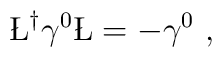
\L^{\dagger} \gamma^0 \L = - \gamma^0~,